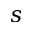
s